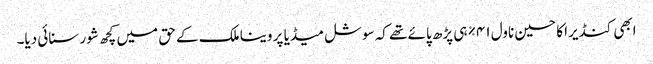
ابھی کنڈیرا کا حسین ناول ۴۱% ہی پڑھ پائے تھے کہ سوشل میڈیا پر وینا ملک کے حق میں کچھ شور سنائی دیا۔